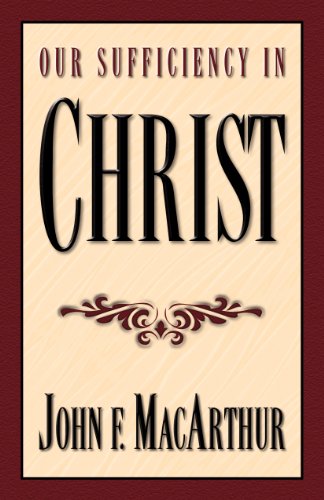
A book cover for Our Sufficiency in Christ; John F. MacArthur; Christian Books & Bibles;